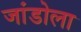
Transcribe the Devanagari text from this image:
जांडोला